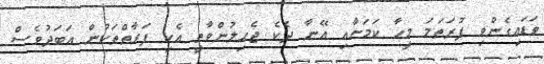
ވަޑައިގެންވި ފުރަތަމަ މީހާ ކަމަށާއި އޭނާ ދެކެ ޖެހިލުންވާތީ އެކި ފަރާތްތަކުން އަބަދުވެސް